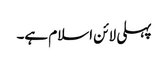
پہلی لائن اسلام ہے۔